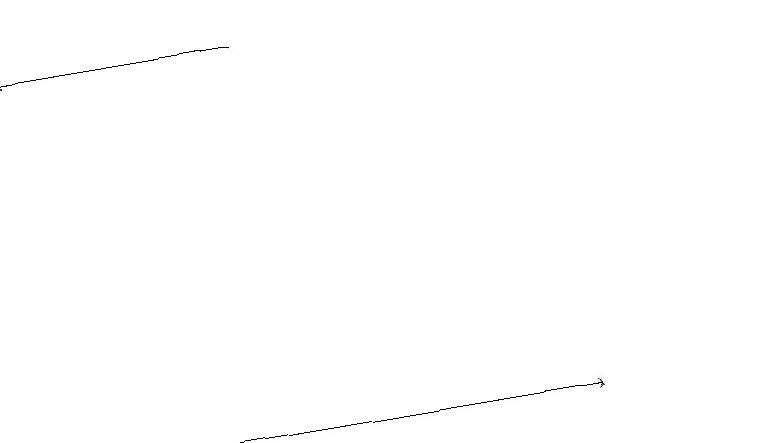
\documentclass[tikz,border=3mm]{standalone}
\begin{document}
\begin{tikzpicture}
\draw[->] (2,11) -- (8,11);
\draw (10,12) circle (0);
\draw[->] (4,16) -- (1,16);
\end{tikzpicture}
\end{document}